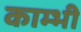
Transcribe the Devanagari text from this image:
काम्भी